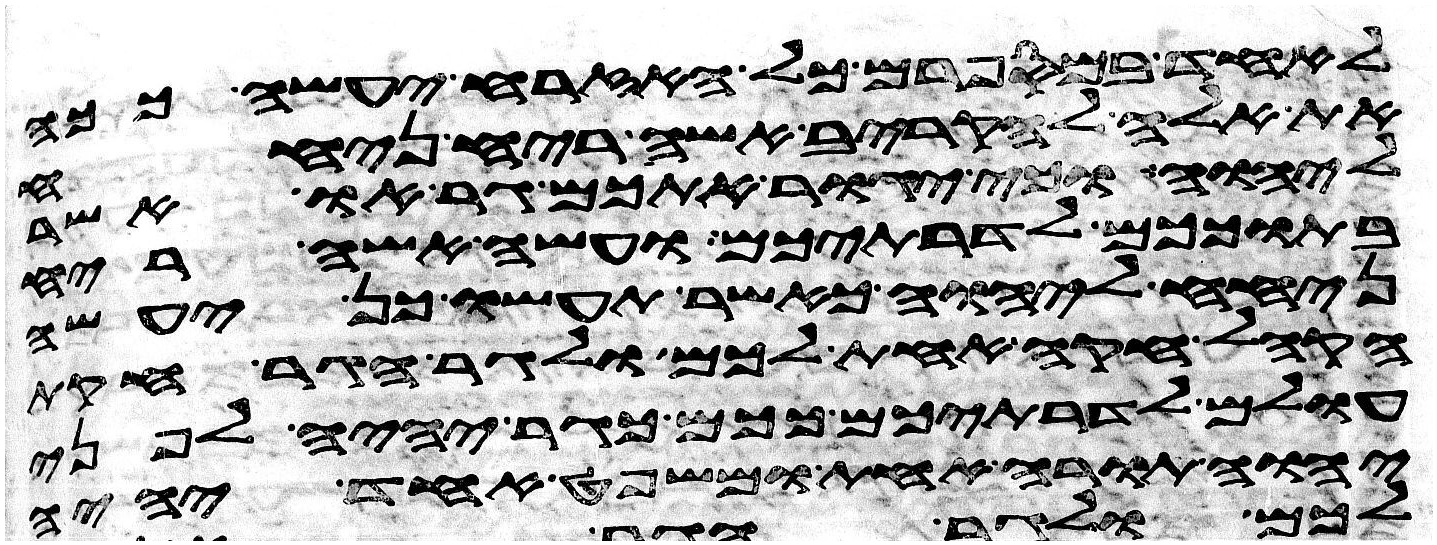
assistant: לאחד במספרם כל האזרח יעשה ככה
את אלה להקריב אשה ריח ניחח
ליהוה וכי יגור אתכם גר או אשר
בתוככם לדרתיכם ועשה אשה ריח
ניחח ליהוה כאשר תעשו כן יעשה
הקהל חקה אחת לכם ולגר הגר חקת
עולם לדרתיכם ככם כגר יהיה לפני
יהוה תורה אחת ומשפט אחד יהיה